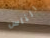
الناس